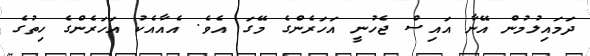
ދަމައިލުމުން އޭނާ އައިސް ޖެހުނީ އަހަރެންގެ މޭގަ އެވެ. އެއާއެކު އަހަރެންގެ ހިތުގެ